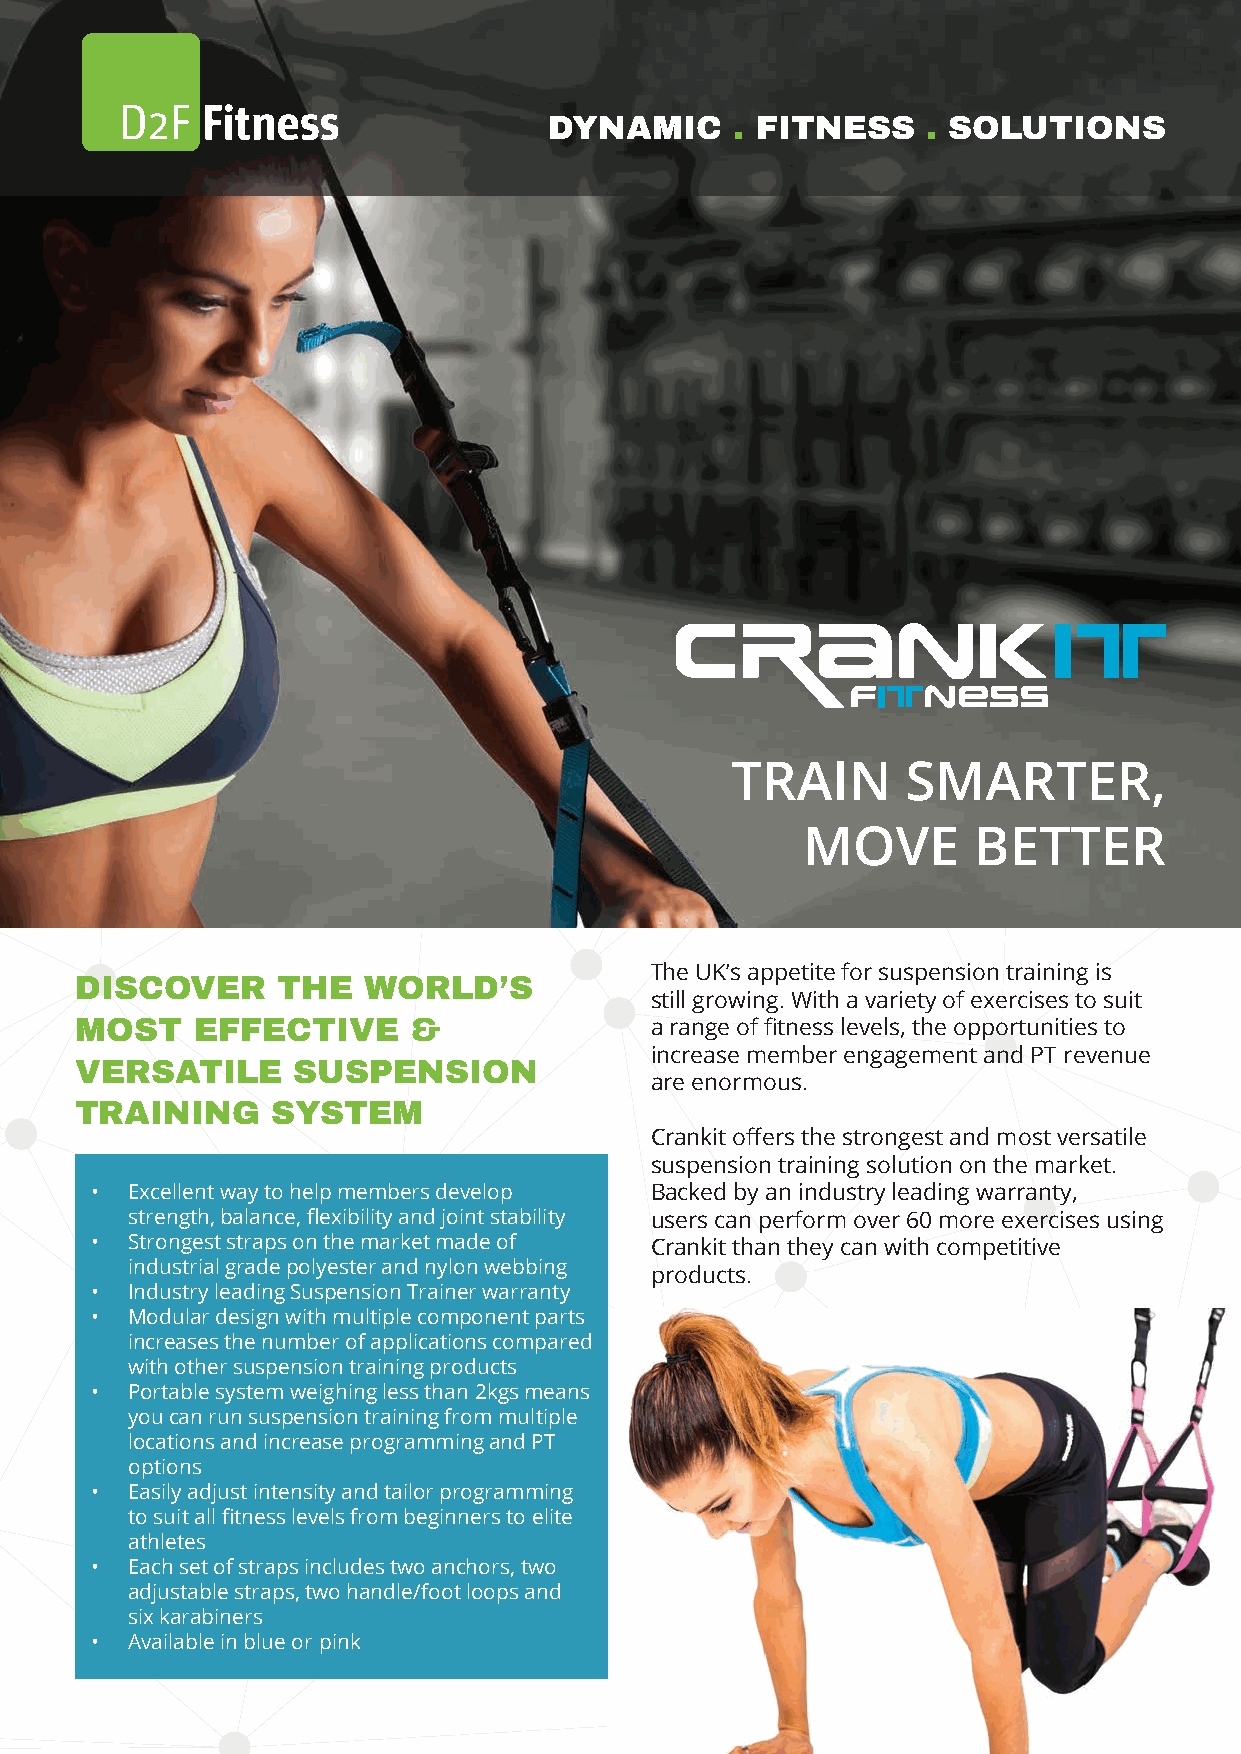
DYNAMIC      . FITNESS   . SOLUTIONS
 TRAIN       SMARTER,
 MOVE       BETTER
 The UK’s appetite for suspension training is
 DISCOVER     THE   WORLD’S
 still growing. With a variety of exercises to suit
 MOST    EFFECTIVE     &               a range of fi tness levels, the opportunities to
 increase member engagement and PT revenue
 VERSATILE     SUSPENSION
 are enormous.
 TRAINING     SYSTEM
 Crankit off ers the strongest and most versatile
 suspension training solution on the market.
 • Excellent way to help members develop Backed by an industry leading warranty,
 strength, balance, fl exibility and joint stability users can perform over 60 more exercises using
 • Strongest straps on the market made of Crankit than they can with competitive
 industrial grade polyester and nylon webbing
 products.
 • Industry leading Suspension Trainer warranty
 • Modular design with multiple component parts
 increases the number of applications compared
 with other suspension training products
 • Portable system weighing less than 2kgs means
 you can run suspension training from multiple
 locations and increase programming and PT
 options
 • Easily adjust intensity and tailor programming
 to suit all fi tness levels from beginners to elite
 athletes
 • Each set of straps includes two anchors, two
 adjustable straps, two handle/foot loops and
 six karabiners
 • Available in blue or pink